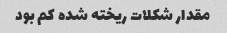
مقدار شکلات ریخته شده کم بود